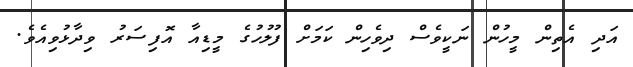
އަދި އެތިން މީހުން ނަކީވެސް ދިވެހިން ކަމަށް ފުލުހުގެ މީޑިއާ އޮފިސަރު ވިދާޅުވިއެވެ.